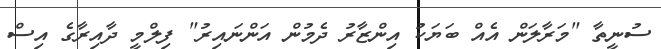
ސުނީތާ "މަރާލަން އެއް ބަޔަކު އިންޒާރު ދެމުން އަންނައިރު" ފިލްމީ ދާއިރާގެ އިސް